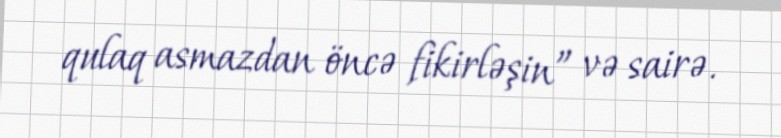
qulaq asmazdan öncə fikirləşin” və sairə.